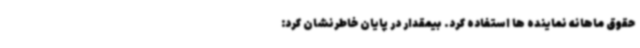
حقوق ماهانه نماینده ها استفاده کرد. بیمقدار در پایان خاطرنشان کرد: